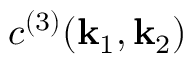
{ c } ^ { ( 3 ) } ( \mathbf { k } _ { 1 } , \mathbf { k } _ { 2 } )